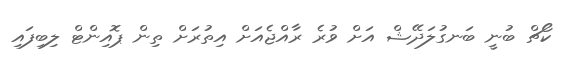
ކޯޗް ބުނީ ބަނގުލަދޭޝް އަށް ވުރެ ރާއްޖެއަށް އިތުރަށް ތިން ޕޮއިންޓް ލިބިފައި